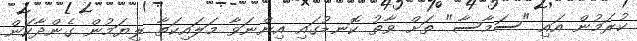
ކުރަމުން އައި "ސަމާސާ" ތަށް ވާތު ކޮނޑުގައި އިންނަވާ މަލައިކަތާ ލިޔަމުން ގެންދާކަން